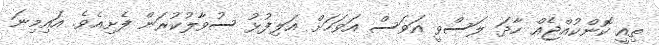
ތިއީ ކޮންކުއްޖެއް ހާދަ ލަސްވީ އަވަސް އަވަހަށް އަލިފުޅު ސުވާލުކުރަން ފެށިއެވެ. އައިމިނަ